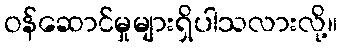
ဝန်ဆောင်မှုများရှိပါသလားလို့။